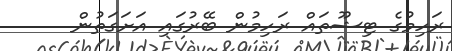
ރަހިމުގެ ޓިޝޫތައް ރަހިމުން ބޭރުގައި އަށަގަތުން